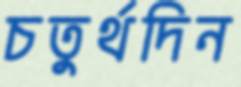
চতুর্থদিন